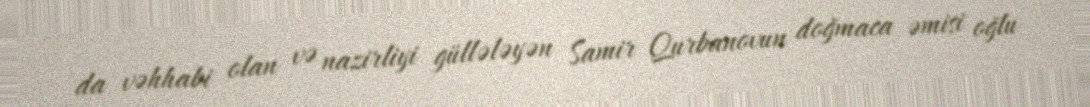
da vəhhabi olan və nazirliyi güllələyən Samir Qurbanovun doğmaca əmisi oğlu